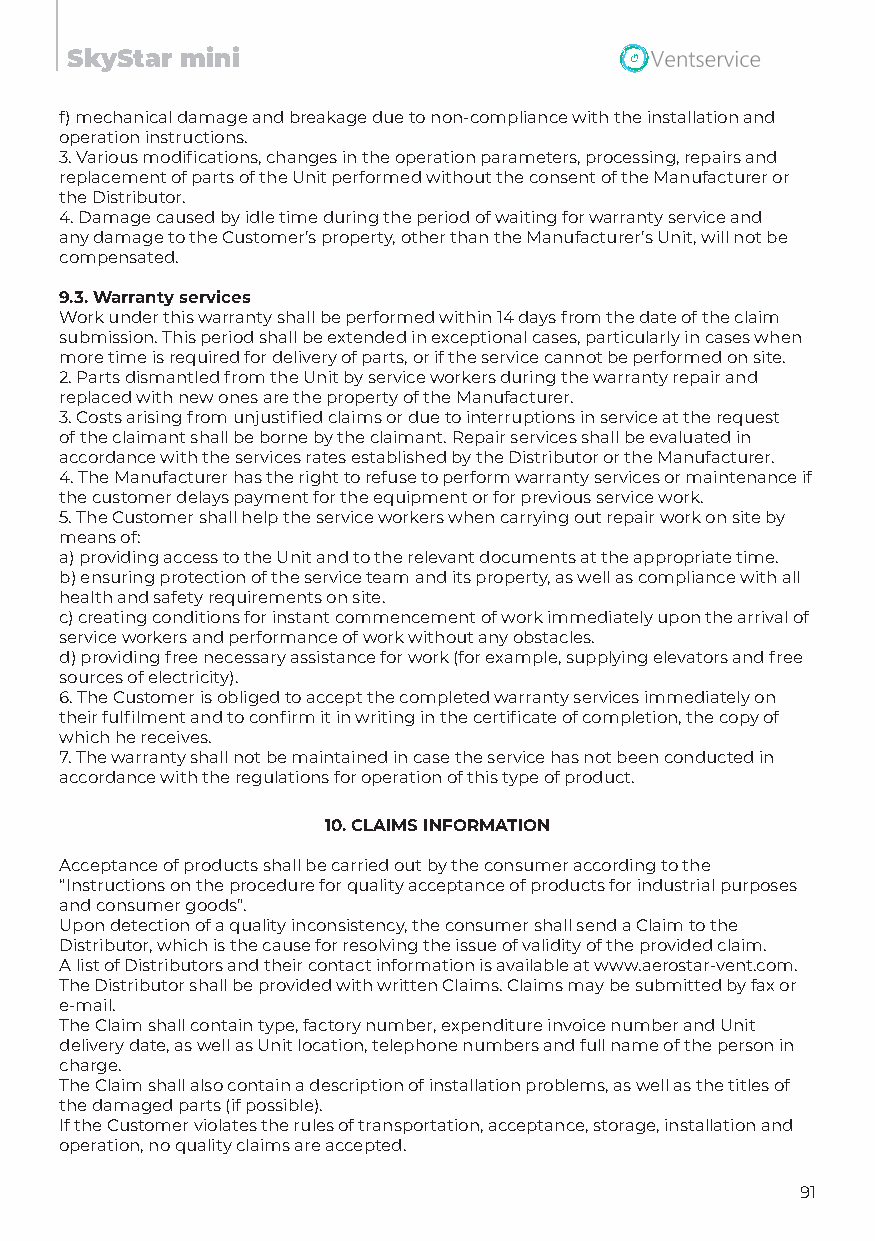
SkyStar mini
 f) mechanical damage and breakage due to non-compliance with the installation and
 operation instructions.
 3. Various modifications, changes in the operation parameters, processing, repairs and
 replacement of parts of the Unit performed without the consent of the Manufacturer or
 the Distributor.
 4. Damage caused by idle time during the period of waiting for warranty service and
 any damage to the Customer’s property, other than the Manufacturer’s Unit, will not be
 compensated.
 9.3. Warranty services
 Work under this warranty shall be performed within 14 days from the date of the claim
 submission. This period shall be extended in exceptional cases, particularly in cases when
 more time is required for delivery of parts, or if the service cannot be performed on site.
 2. Parts dismantled from the Unit by service workers during the warranty repair and
 replaced with new ones are the property of the Manufacturer.
 3. Costs arising from unjustified claims or due to interruptions in service at the request
 of the claimant shall be borne by the claimant. Repair services shall be evaluated in
 accordance with the services rates established by the Distributor or the Manufacturer.
 4. The Manufacturer has the right to refuse to perform warranty services or maintenance if
 the customer delays payment for the equipment or for previous service work.
 5. The Customer shall help the service workers when carrying out repair work on site by
 means of:
 a) providing access to the Unit and to the relevant documents at the appropriate time.
 b) ensuring protection of the service team and its property, as well as compliance with all
 health and safety requirements on site.
 c) creating conditions for instant commencement of work immediately upon the arrival of
 service workers and performance of work without any obstacles.
 d) providing free necessary assistance for work (for example, supplying elevators and free
 sources of electricity).
 6. The Customer is obliged to accept the completed warranty services immediately on
 their fulfilment and to confirm it in writing in the certificate of completion, the copy of
 which he receives.
 7. The warranty shall not be maintained in case the service has not been conducted in
 accordance with the regulations for operation of this type of product.
 10. CLAIMS INFORMATION
 Acceptance of products shall be carried out by the consumer according to the
 “Instructions on the procedure for quality acceptance of products for industrial purposes
 and consumer goods”.
 Upon detection of a quality inconsistency, the consumer shall send a Claim to the
 Distributor, which is the cause for resolving the issue of validity of the provided claim.
 A list of Distributors and their contact information is available at www.aerostar-vent.com.
 The Distributor shall be provided with written Claims. Claims may be submitted by fax or
 e-mail.
 The Claim shall contain type, factory number, expenditure invoice number and Unit
 delivery date, as well as Unit location, telephone numbers and full name of the person in
 charge.
 The Claim shall also contain a description of installation problems, as well as the titles of
 the damaged parts (if possible).
 If the Customer violates the rules of transportation, acceptance, storage, installation and
 operation, no quality claims are accepted.
 91